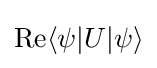
\mathrm {Re} \langle \psi |U|\psi \rangle